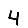
Digit: 4